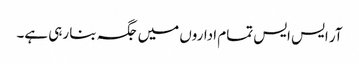
آر ایس ایس تمام اداروں میں جگہ بنا رہی ہے۔